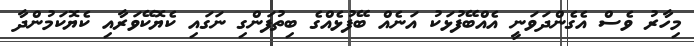
މިހާރު ވެސް އެގެންދަވަނީ އެއްބޭފުޅަކު އަނެއް ބޭފުޅެއްގެ ބިތުފަންގި ނަގައި ކެޔޮކޭވަރާއި ކެޔޮކަމުންދާ